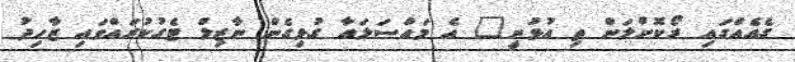
ގެއެއްގައި ރޯކޮށްލަން ތި އުޅުނީ" އެ މައްސަލައާ ގުޅިގެން ނާޒިލް ޓެގުކުރައްވައި ޒާހިދު